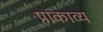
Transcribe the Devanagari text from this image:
प्राकाव्य